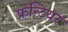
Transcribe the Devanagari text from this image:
फ्रन्टियर